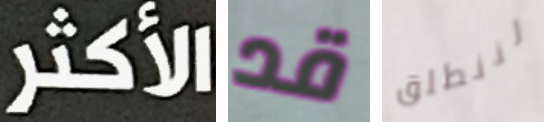
الأكثر قد لننطلق